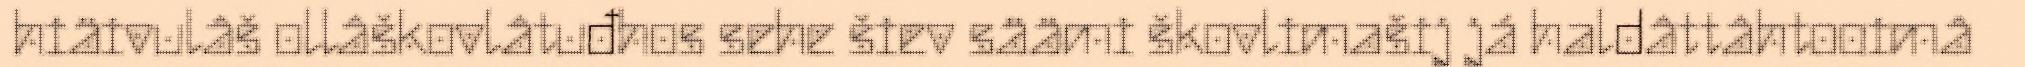
hiäivulâš ollâškovlâtuđhos sehe šiev säämi škovlimašij já haldâttâhtooimâ